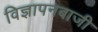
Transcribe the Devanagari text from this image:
विज्ञापनबाजी